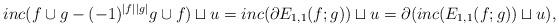
LaTeX: \begin{align*} inc(f\cup g - (-1)^{|f||g|} g\cup f)\sqcup u= inc(\partial E_{1,1}(f;g))\sqcup u=\partial( inc(E_{1,1}(f;g)) \sqcup u),\end{align*}